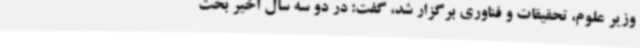
وزیر علوم، تحقیقات و فناوری برگزار شد، گفت: در دو سه سال اخیر بحث